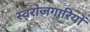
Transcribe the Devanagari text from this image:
स्वरोजगारियों